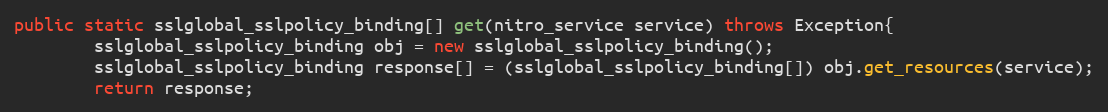
Language: Java
public static sslglobal_sslpolicy_binding[] get(nitro_service service) throws Exception{
		sslglobal_sslpolicy_binding obj = new sslglobal_sslpolicy_binding();
		sslglobal_sslpolicy_binding response[] = (sslglobal_sslpolicy_binding[]) obj.get_resources(service);
		return response;